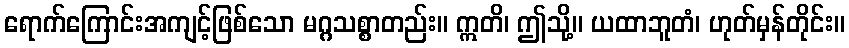
ရောက်ကြောင်းအကျင့်ဖြစ်သော မဂ္ဂသစ္စာတည်း။ ဣတိ၊ ဤသို့။ ယထာဘူတံ၊ ဟုတ်မှန်တိုင်း။